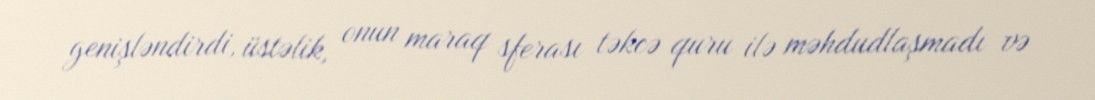
genişləndirdi, üstəlik, onun maraq sferası təkcə quru ilə məhdudlaşmadı və